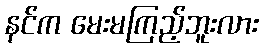
နင်က မေးမကြည့်ဘူးလား